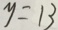
y = 1 3